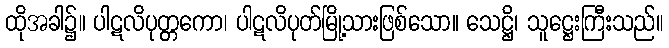
ထိုအခါ၌။ ပါဋလိပုတ္တကော၊ ပါဋလိပုတ်မြို့သားဖြစ်သော။ သေဋ္ဌိ၊ သူဋ္ဌေးကြီးသည်။